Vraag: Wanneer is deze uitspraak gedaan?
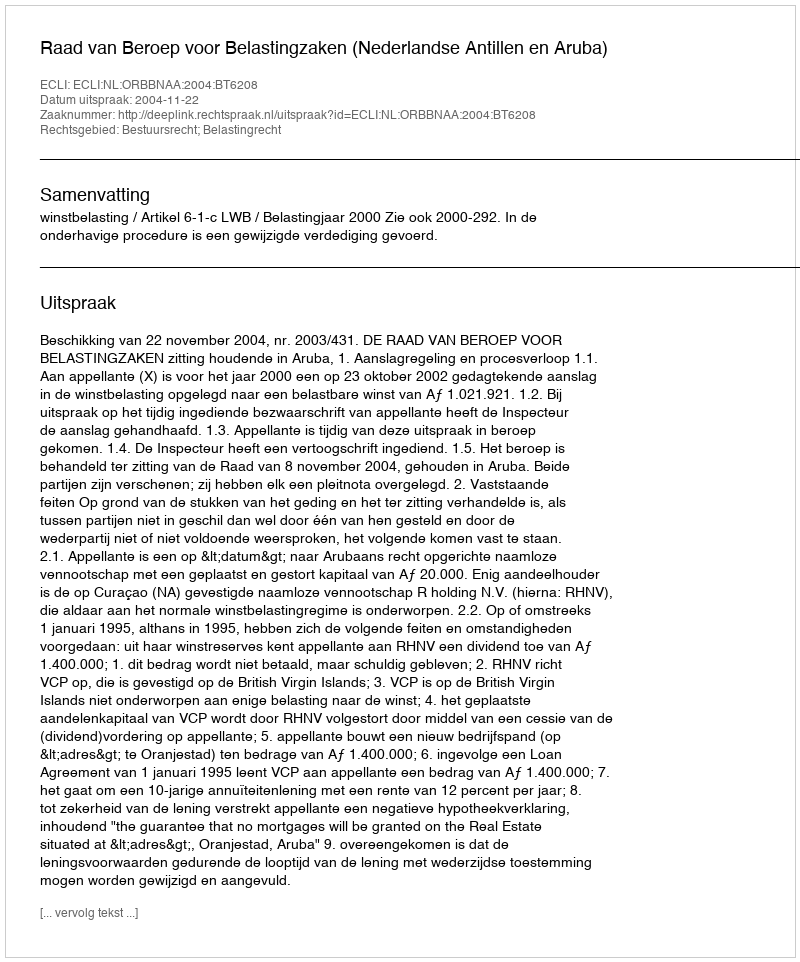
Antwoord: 2004-11-22